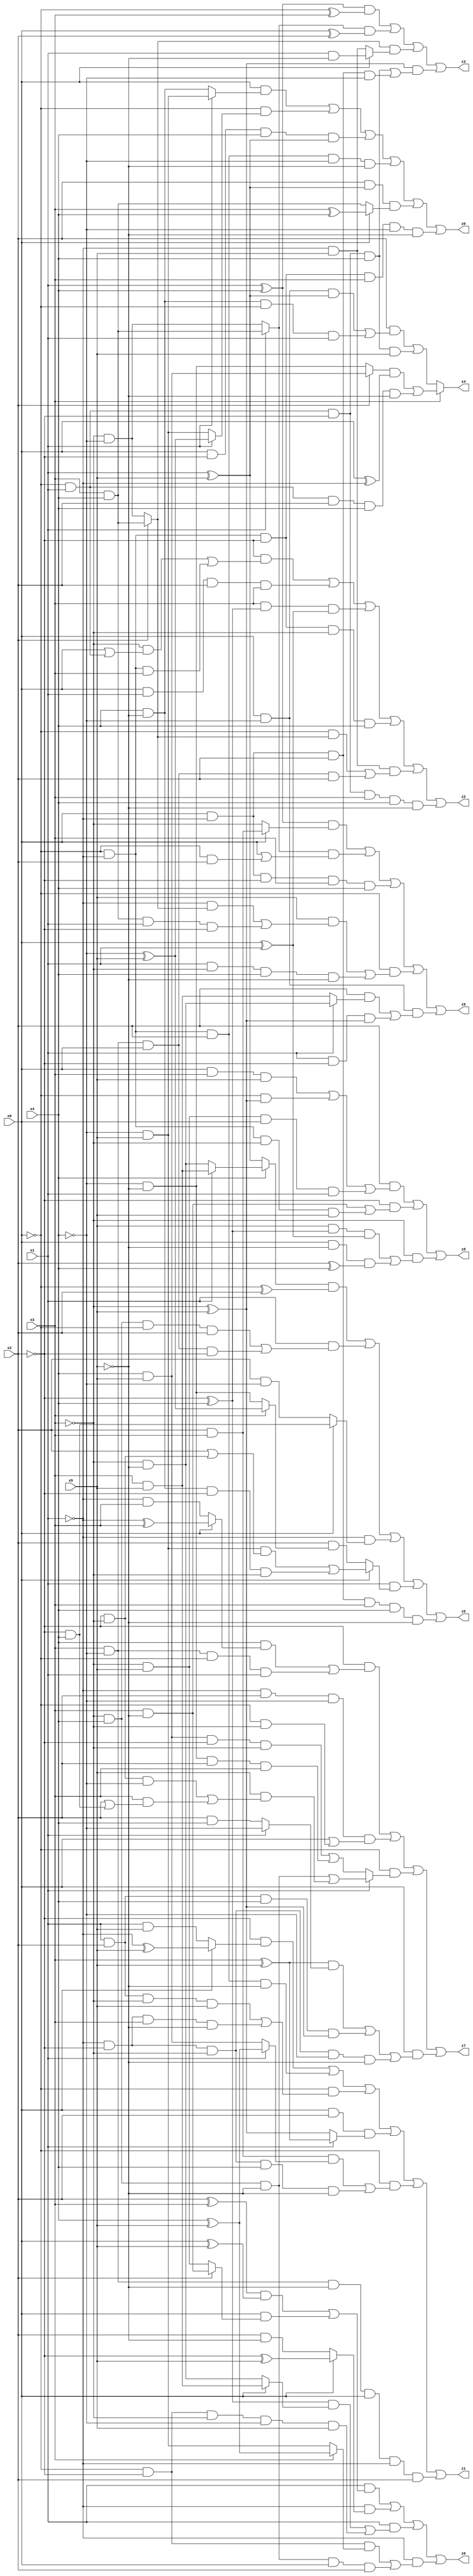
// Benchmark "X_59" written by ABC on Mon Jun 05 19:54:33 2023

module X_59 ( 
    x0, x1, x2, x3, x4, x5,
    z0, z1, z2, z3, z4, z5, z6, z7, z8, z9  );
  input  x0, x1, x2, x3, x4, x5;
  output z0, z1, z2, z3, z4, z5, z6, z7, z8, z9;
  assign z0 = (x0 & (x1 ? (~x4 & x5) : (x4 & ~x5))) | (~x0 & (x1 ? (~x4 ^ x5) : (~x4 & x5))) | (x0 & ~x2 & x4 & (x1 ^ x5)) | (~x0 & ~x1 & x2 & ~x4 & ~x5) | (x2 & (x1 ^ x5) & (x0 ? (x3 ^ x4) : (x3 & x4))) | (~x0 & ~x1 & ~x2 & x3 & ~x4 & ~x5);
  assign z1 = (~x2 & (x0 ? (~x1 ^ x5) : (x1 & x5))) | (~x0 & ~x1 & x2 & ~x5) | (~x0 & ((x1 & x2 & ~x3 & x5) | (~x1 & ~x2 & x3 & ~x5))) | (x0 & x2 & (x1 ? (x3 ^ x5) : (~x3 ^ x5))) | (~x0 & ((x2 & x3 & (x1 ? (x4 ^ x5) : (x4 & x5))) | (~x1 & ~x2 & ~x3 & x4 & ~x5))) | (x3 & ~x4 & ~x5 & x0 & ~x1 & x2);
  assign z2 = (~x2 & ((~x3 & (x0 | (~x0 & x1))) | (~x0 & ~x1 & x3))) | (x0 & x1 & x2 & x3) | (x3 & (~x2 ^ x4) & (x0 ^ x1)) | (~x0 & ~x1 & ~x2 & ~x3 & x4) | (~x1 & x5 & ((~x0 & (x2 ? (x3 & x4) : (~x3 & ~x4))) | (x3 & ~x4 & x0 & x2))) | (~x0 & x1 & ~x2 & x3 & x4 & ~x5);
  assign z3 = ((x1 ^ x4) & (~x0 ^ x3)) | ((x1 ? (x3 & x4) : (~x3 & ~x4)) & (x0 ^ x2)) | ((x2 ? (x3 & x4) : (~x3 & ~x4)) & (x0 ? (x1 & ~x5) : (~x1 & x5))) | ((~x3 ^ x5) & ((~x0 & x1 & ~x2 & x4) | (x0 & ~x1 & x2 & ~x4)));
  assign z4 = x3 ? (((x2 ? (x4 & x5) : (~x4 & ~x5)) & (x0 ^ ~x1)) | (~x0 & x1 & x2 & x4 & ~x5)) : ((x2 & ((x0 & ~x4 & (x1 ^ x5)) | (x4 & ~x5 & ~x0 & x1))) | (~x0 & x1 & ~x2 & x4 & x5));
  assign z5 = ((x4 ? (x1 ? (x3 & x5) : (~x3 & ~x5)) : (x1 ^ x5)) & (~x0 ^ x2)) | (x1 & ((~x3 & x4 & ~x0 & x2) | (x3 & ~x4 & x0 & ~x2))) | (~x1 & (x0 ? (~x2 & x4) : (x2 & ~x4))) | (x1 & (x0 ? ((~x4 & x5 & (x2 | (~x2 & ~x3))) | (x4 & ~x5 & ~x2 & ~x3)) : (x2 & (x3 ? (~x4 ^ x5) : (~x4 & ~x5))))) | (x0 & ~x1 & x2 & x3 & x4 & ~x5);
  assign z6 = (x1 & (((x2 ^ x3) & (x0 ^ x5)) | (x0 & (x2 ? (x3 & ~x5) : (~x3 & x5))))) | (~x1 & (x0 ? (~x2 ^ x5) : (x2 & ~x5))) | (x1 & (((~x2 ^ x4) & (x0 ? (x3 & x5) : (~x3 & ~x5))) | (~x0 & ~x2 & ~x3 & ~x4 & x5))) | (~x1 & ((~x0 & ~x2 & (x3 ? (x4 ^ x5) : (~x4 & x5))) | (~x3 & x4 & ~x5 & x0 & x2)));
  assign z7 = (~x2 & ((x4 & (x0 ? (~x1 ^ x3) : (~x1 & x3))) | (x3 & ~x4 & ~x0 & x1))) | (~x1 & x2 & ~x4 & (x0 | (~x0 & ~x3))) | (~x0 & (x1 ? ((~x3 & x4 & ~x5) | (x5 & ((~x2 & ~x3 & ~x4) | (x3 & (x2 | (~x2 & x4)))))) : ((x4 & x5 & ~x2 & ~x3) | (~x4 & ~x5 & x2 & x3)))) | (x0 & (((x3 ^ x5) & (x1 ? ~x4 : (x2 & x4))) | (x1 & x2 & x4 & (~x3 ^ x5)) | (~x1 & ~x2 & ~x3 & ~x4 & ~x5)));
  assign z8 = (x2 & ((x0 & x3 & x5) | (~x0 & (~x3 ^ x5)) | (~x3 & x5 & x0 & x1))) | (~x2 & ((x3 & ~x5) | (~x0 & ~x1 & ~x3 & x5))) | (~x3 & ((x5 & (~x2 ^ x4) & (x0 ^ x1)) | (x0 & ~x5 & (x2 ^ x4))));
  assign z9 = ((x1 ^ x4) & (x0 ? (x2 & x3) : ~x3)) | ((x1 ? (x3 & x4) : (~x3 & ~x4)) & (x0 | (~x0 & x2))) | (x0 & ~x1 & ~x2 & x3 & x4) | (~x0 & ((x5 & ((~x1 & (x2 ? (x3 & x4) : (~x3 & ~x4))) | (x3 & x4 & x1 & ~x2))) | (x1 & ~x3 & x4 & ~x5))) | (x0 & ~x4 & ((x2 & (x1 ? (~x3 & ~x5) : (x3 & x5))) | (x1 & ~x2 & (~x3 ^ x5))));
endmodule